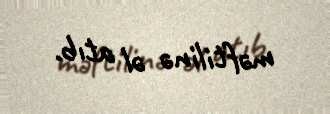
məftilinə əl atıb.